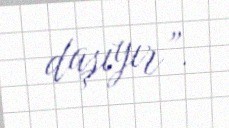
daşıyır”.